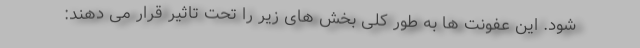
شود. این عفونت ها به طور کلی بخش های زیر را تحت تاثیر قرار می دهند: